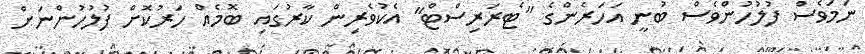
ނަމަވެސް ފުލުހުންވެސް ބުނީ އަހަރެންގެ "ޓެރަރިސްޓް" އެކުވެރިން ކާރުގައި ބޮމެއް ހަރުކޮށް ފުލުހުންނަށް